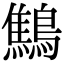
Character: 鷦